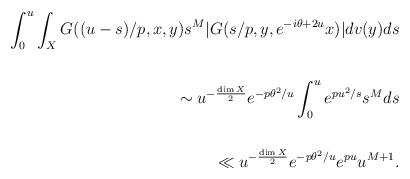
LaTeX: \begin{align*} \int_0^u \int_X G((u - s)/p, x, y) s^{M} |G(s/p, y, e^{-i \theta + 2u} x) | dv (y)ds \\ \\ \sim u^{- \frac{\dim X}{2}} e^{ - p \theta^2/ u } \int_0^u e^{ p u^2/s } s^{ M} ds \\ \\\ll u^{- \frac{\dim X}{2}} e^{ - p \theta^2/ u }e^{ p u } u^{M+1}. \end{align*}